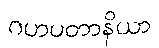
ဂဟပတာနိယာ